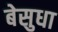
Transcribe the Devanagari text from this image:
बेसुधा